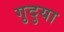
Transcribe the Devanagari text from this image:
गुदुया